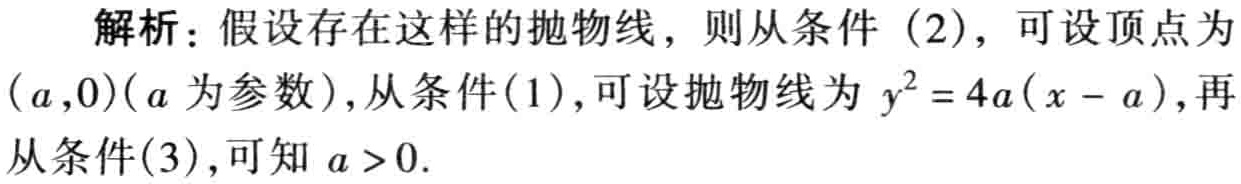
解析：假设存在这样的抛物线，则从条件（2），可设顶点为\((a,0)(a\)为参数\()\)，从条件（1），可设抛物线为\(y^{2}=4a(x - a)\)，再从条件（3），可知\(a > 0\)。